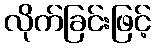
လိုက်ခြင်းဖြင့်